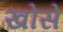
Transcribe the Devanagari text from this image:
खोसे